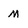
Character: m